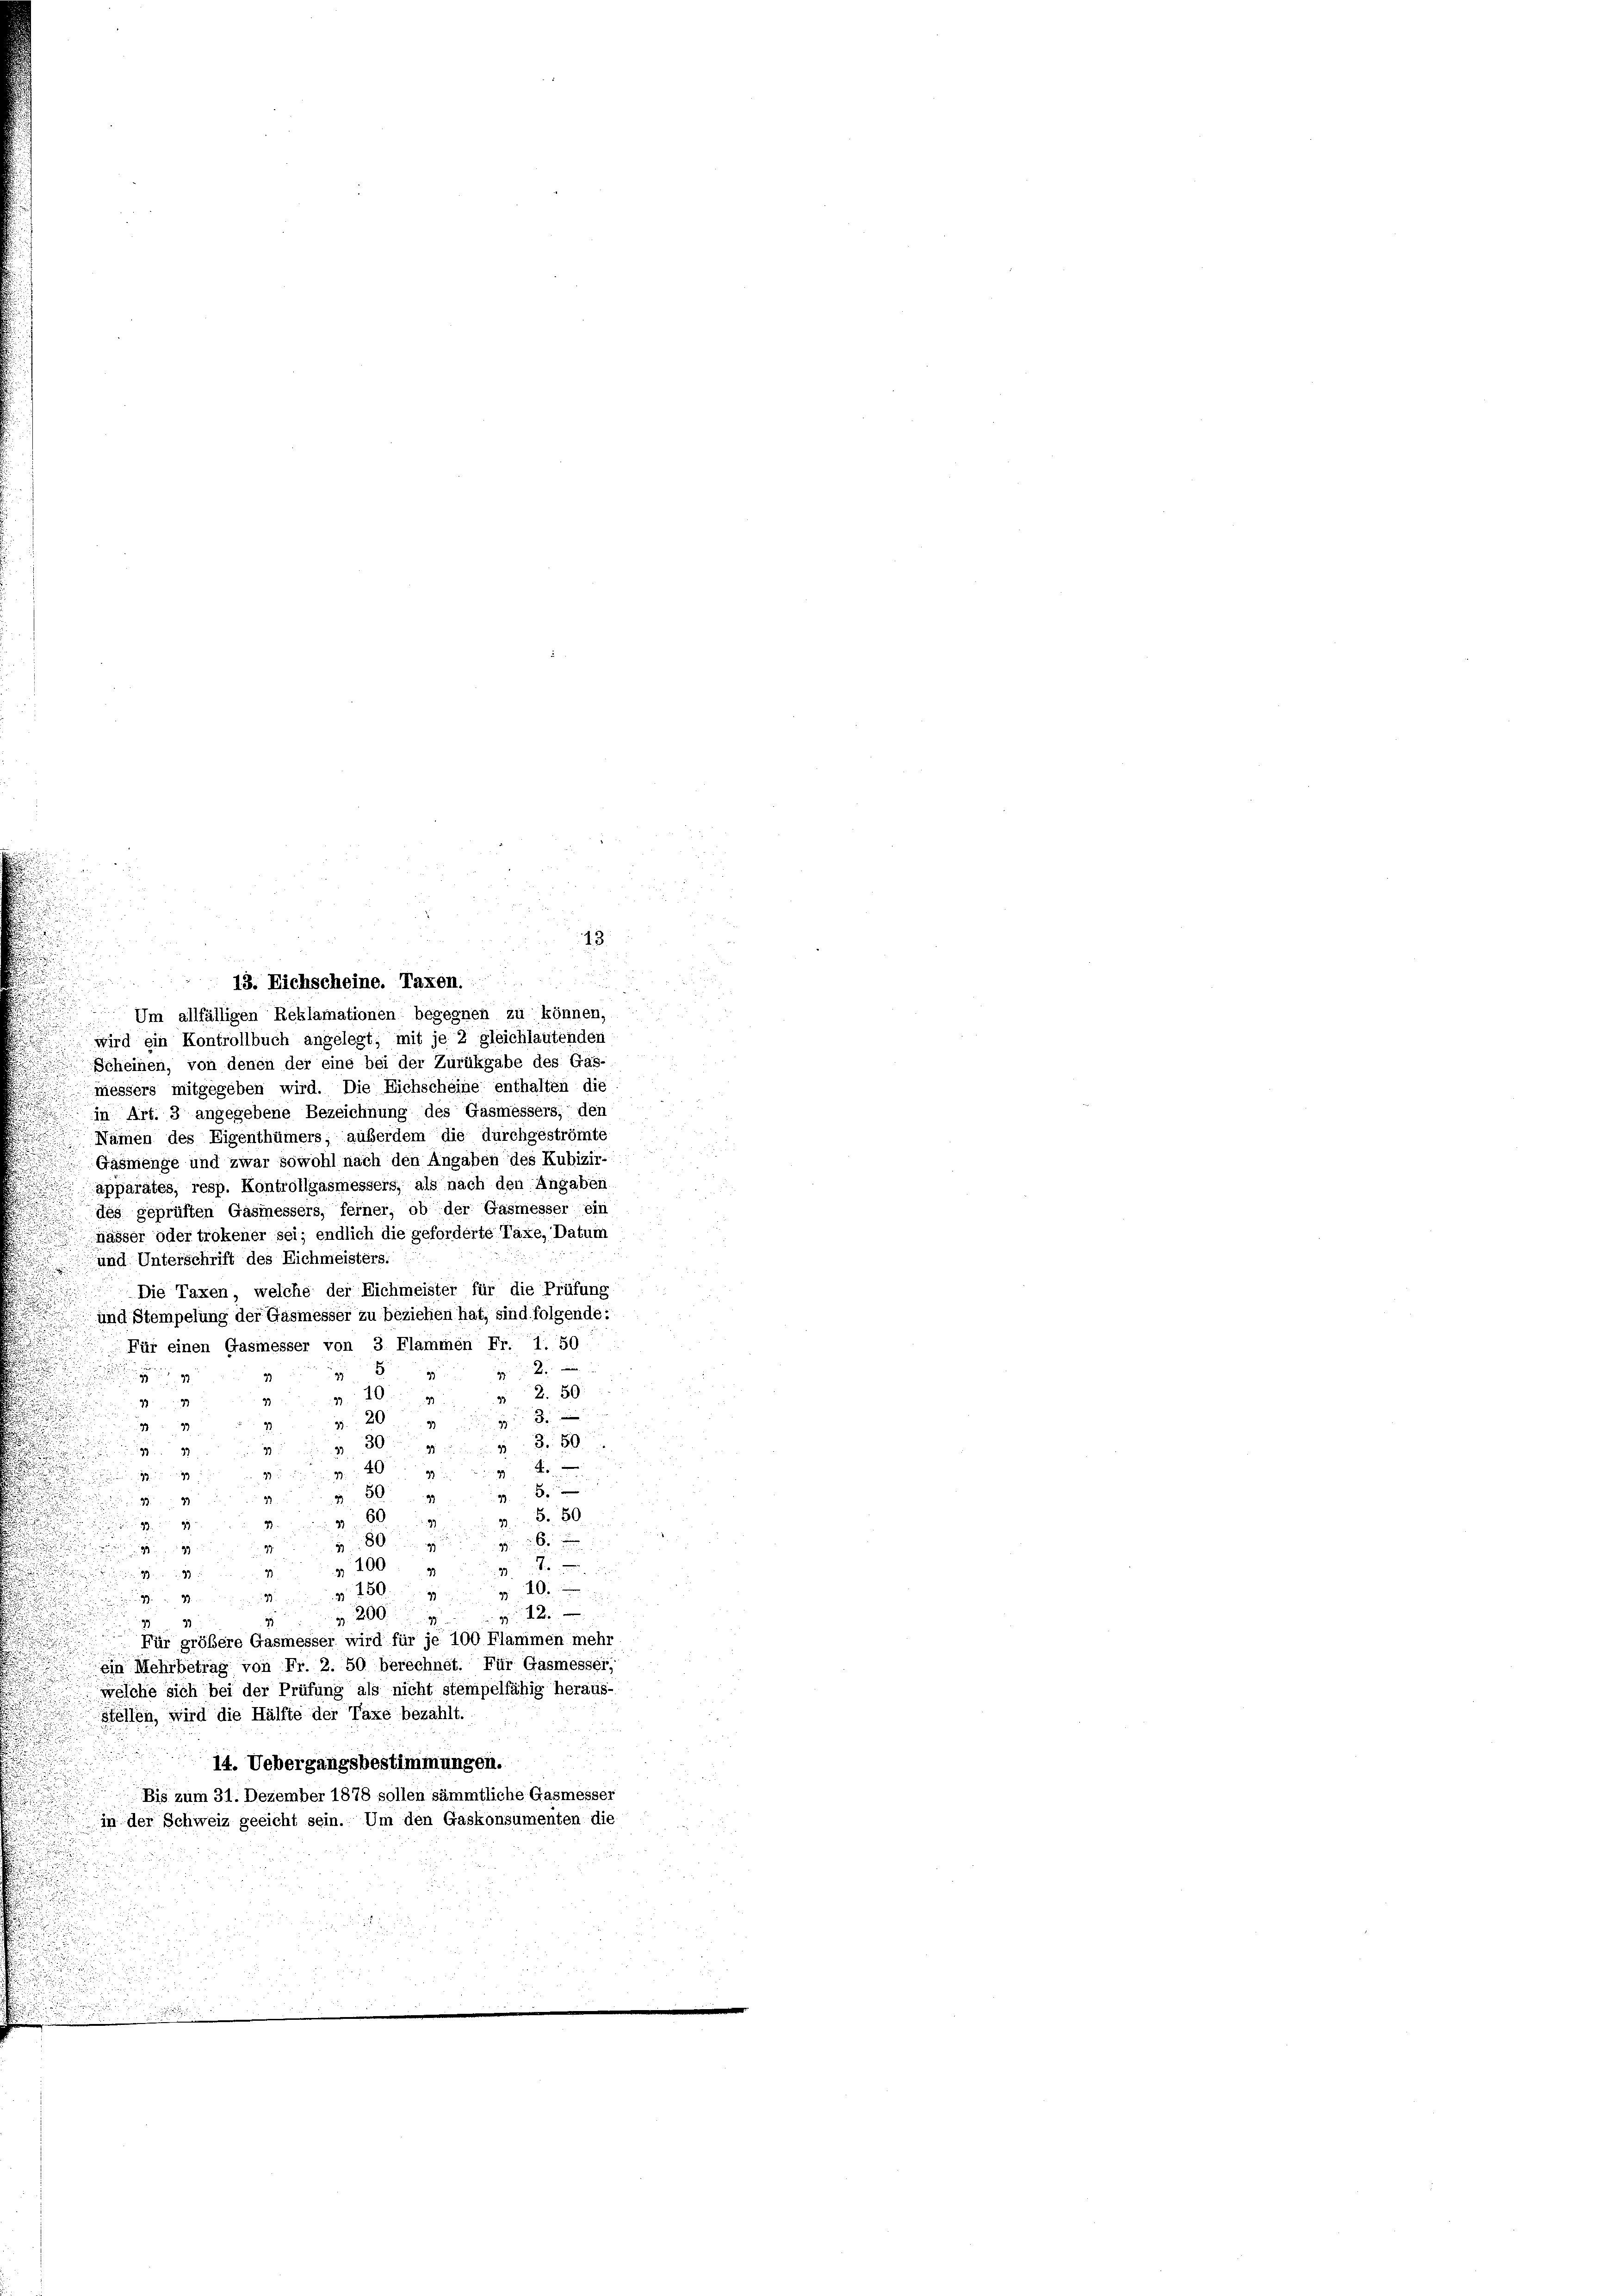
13.
 13. Eichscheine. Taxen.
Um allfälligen Reklamationen begegnen zu können,
 wird ein Kontrollbuch angelegt; mit je 2 gleichlautenden
Scheinen, von denen der eine bei der Zurükgabe des Gas-
messers mitgegeben wird. Die Eichscheine enthalten die
in Art. 3 angegebene Bezeichnung des Gasmessers, den
Nämen des Eigenthümers; außerdem die durchgeströmte
Gäsmenge und zwar sowohl nach den Angaben des Kubizir-
apparates, resp. Kontrollgasmesseis, als nach den Angaben
des geprüften Gasmessers, ferner, ob der Gasmesser ein
mässer oder trokener sei; endlich die geforderte Taxe, Datum
und Unterschrift des Eichmeisters.
Die Taxen, welche der Eichmeister für die Prüfung
und Stempelung der Gasmesser zu beziehen hat, sind folgende:
Für einen Gasmesser von 3 Flammen Fr. 1. 50

8
99
2.50
10
9
33
972
z 3
20
22
2
 308
37
1927
98
4
39
999
99
 509
979
3 Fr. 80
360
3.
22
99

804
9

 400
 99
 150.
99.
9
3
200. in der
2
9933
Für größere Gasmesser wird für je 100 Flammen mehr
ein Mehrbetrag von Fr. 2. 50 berechnet. Für Gasmesser,
welche sich bei der Prüfung als nicht stempelfähig heraus-
stellen, wird die Hälfte der Taxe bezahlt.
14. Uebergangsbestimmungen.
Bis zum 31. Dezember 1878 sollen sämmtliche Gasmesser
in der Schweiz geeicht sein. Um den Gaskonsumenten die
.
.

d

d

s

g d. d.